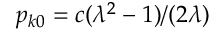
p _ { k 0 } = c ( \lambda ^ { 2 } - 1 ) / ( 2 \lambda )